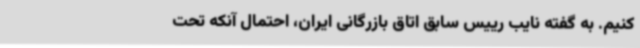
کنیم. به گفته نایب رییس سابق اتاق بازرگانی ایران، احتمال آنکه تحت